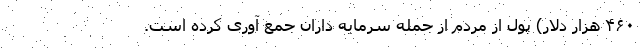
۴۶۰ هزار دلار) پول از مردم از جمله سرمایه داران جمع آوری کرده است.